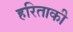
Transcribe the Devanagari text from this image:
हरिताकी